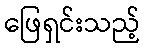
ဖြေရှင်းသည့်